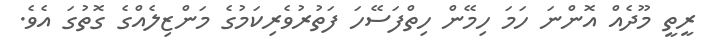
ރީތީ މޫދެއް އޮންނަ ހަމަ ހިމޭން ހިތްފަސޭހަ ފަތުރުވެރިކަމުގެ މަންޒިލެއްގެ ގޮތުގަ އެވެ.